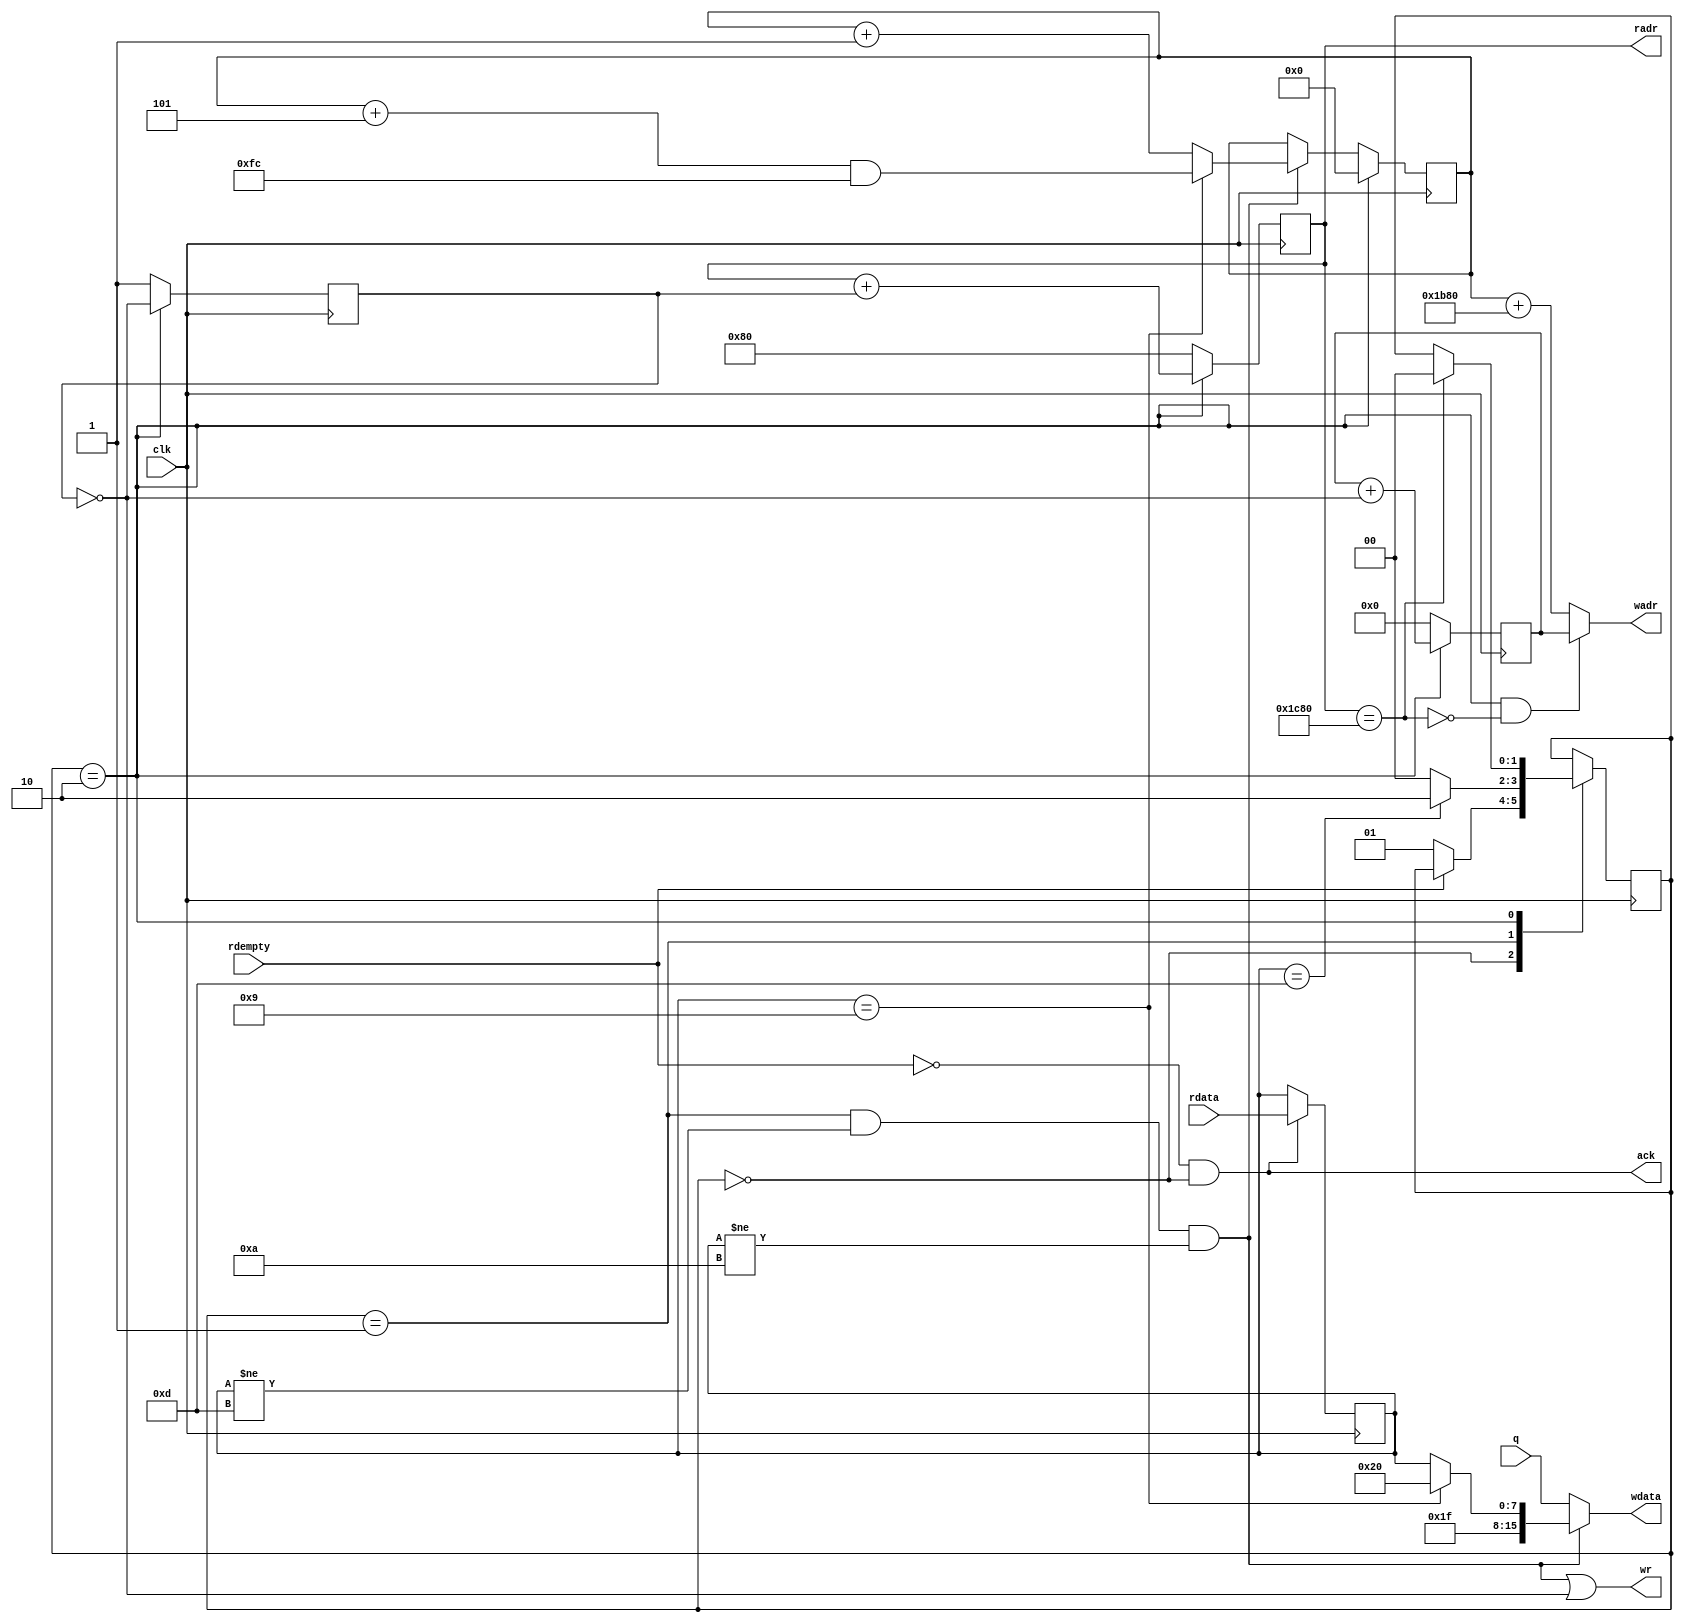
module sterm(
	input wire clk,
	input wire [7:0]rdata,
	input wire rdempty,
	input wire [15:0]q,
	
	output wire [15:0]wdata,
	output wire [12:0]wadr,
	output wire wr,
	output wire [12:0]radr,
	output wire ack
);

parameter SCR_STRIDE = 128;	/* number of chars in line*/
parameter SCR_WIDTH = 80;		/* number of visible chars in line */
parameter SCR_HEIGHT = 56;		/* number of screen lines */

localparam STATE_WAIT_CHAR = 0;	/* wait until char appear from FIFO */
localparam STATE_WRITE_CHAR = 1;	/* write received char into screen */
localparam STATE_SCROLL = 2;		/* scroll whole screen */

reg [1:0]state = STATE_WAIT_CHAR;

//catch received byte from fifo
reg [7:0]rbyte;
assign ack = (rdempty==0 && state==STATE_WAIT_CHAR);
always @(posedge clk)
	if(ack)
		rbyte <= rdata;

wire wr_single_byte;
assign wr_single_byte = ( state==STATE_WRITE_CHAR && rbyte!=8'h0D && rbyte!=8'h0A );

wire scrolled;
assign scrolled = (scroll_rd_adr == ((SCR_HEIGHT+1)*SCR_STRIDE) );

wire wr_scroll;
assign wr_scroll = ( state==STATE_SCROLL && ~scrolled );

reg [7:0]line_addr = 0;
always @(posedge clk)
	if( state==STATE_SCROLL )
		line_addr <= 0;
	else
	if( wr_single_byte )
	begin
		if(tab_char)
			line_addr <= ( line_addr + 5) & 8'hFC;
		else
			line_addr <= ( line_addr + 1);
	end

//in case of TAB char write SPACE char
wire tab_char;
assign tab_char = (rbyte==8'h09);

wire [7:0]rbyte_;
assign rbyte_ = tab_char ? 8'h20 : rbyte;

assign wdata = 
	wr_single_byte ? { 8'h1F, rbyte_ } : q;
	
assign wr = wr_single_byte || scroll_wr_cycle;
assign wadr = wr_scroll ? scroll_wr_adr : (line_addr+(SCR_HEIGHT-1)*SCR_STRIDE);

reg [12:0]scroll_rd_adr;
reg [12:0]scroll_wr_adr;
reg scroll_rd_cycle;
wire scroll_wr_cycle; assign scroll_wr_cycle = ~scroll_rd_cycle;
assign radr = scroll_rd_adr;

always @(posedge clk)
begin
	if(state==STATE_SCROLL)
	begin
		scroll_rd_cycle <= scroll_rd_cycle ^ 1;
		scroll_rd_adr <= scroll_rd_adr + scroll_rd_cycle;
		scroll_wr_adr <= scroll_wr_adr + scroll_wr_cycle;
	end
	else
	begin
		scroll_rd_adr <= SCR_STRIDE;
		scroll_wr_adr <= 0;
		scroll_rd_cycle <= 1;
	end
end

always @(posedge clk)
begin
	case(state)
	STATE_WAIT_CHAR:
		begin
			//wait for received byte
			if(rdempty==0)
				state <= STATE_WRITE_CHAR;
		end
	STATE_WRITE_CHAR:
		begin
			if(rbyte==8'h0D)
				state <= STATE_SCROLL; //should scroll
			else
				state <= STATE_WAIT_CHAR; //should write byte and wait next
		end
	STATE_SCROLL:
		begin
			//scroll screen
			if(scrolled)
				state <= STATE_WAIT_CHAR;
		end
	
	endcase
end

endmodule